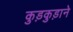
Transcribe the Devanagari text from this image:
कुड़कुड़ाने